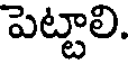
పెట్టాలి.